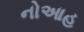
નોઆહ